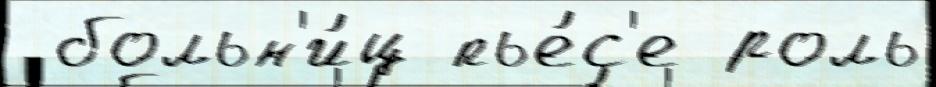
 больн'и́ц пье́с'е роль